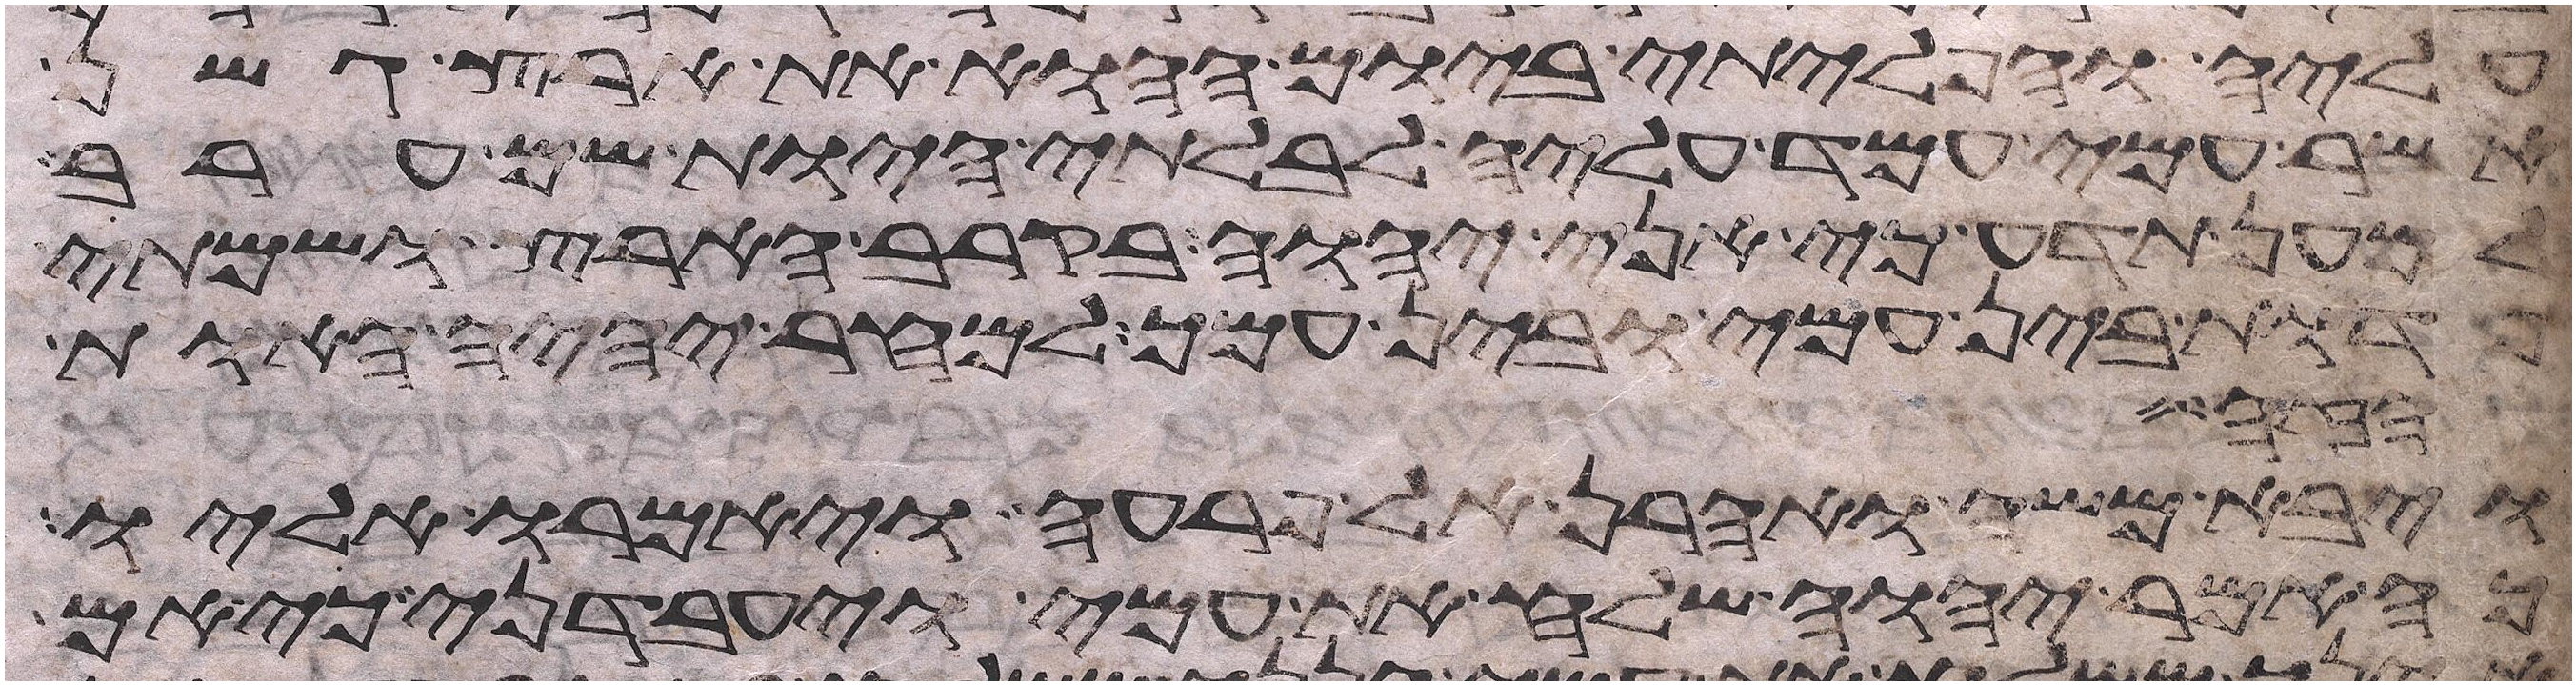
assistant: עליה והפליתי ביום ההוא את ארץ גשן
אשר עמי עמד עליה לבלתי היות שם ערב
למען תדע כי אני יהוה בקרב הארץ ושמתי
פדות בין עמי ובין עמך למחר יהיה האות
הבו
ויבא משה ואהרן אל פרעה ויאמרו אליו
כה אמר יהוה שלח את עמי ויעבדני כי אם